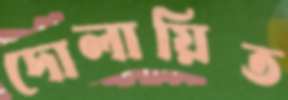
দোলায়িত